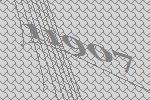
11907